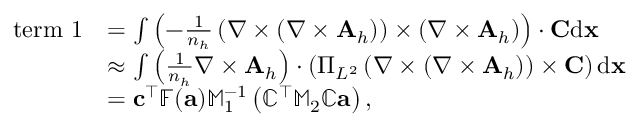
\begin{array} { r l } { \mathrm { t e r m ~ 1 } } & { = \int \left( - \frac { 1 } { n _ { h } } \left( { \nabla } \times ( { \nabla } \times { \mathbf A } _ { h } ) \right) \times \left( { \nabla } \times { \mathbf A } _ { h } \right) \right) \cdot { \mathbf C } \mathrm { d } { \mathbf x } } \\ & { \approx \int \left( \frac { 1 } { n _ { h } } { \nabla } \times { \mathbf A } _ { h } \right) \cdot \left( \Pi _ { L ^ { 2 } } \left( { \nabla } \times ( { \nabla } \times { \mathbf A } _ { h } ) \right) \times { \mathbf C } \right) \mathrm { d } { \mathbf x } } \\ & { = { \mathbf c } ^ { \top } \mathbb { F } ( { \mathbf a } ) \mathbb { M } _ { 1 } ^ { - 1 } \left( \mathbb { C } ^ { \top } \mathbb { M } _ { 2 } \mathbb { C } { \mathbf a } \right) , } \end{array}